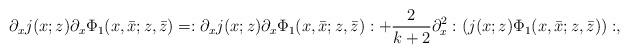
LaTeX: \begin{align*}\partial_x j(x;z)\partial_x \Phi_1(x,\bar{x};z,\bar{z}) = :\partial_x j(x;z)\partial_x \Phi_1(x,\bar{x};z,\bar{z}): +\frac{2}{k+2}\partial_x^2:(j(x;z)\Phi_1(x,\bar{x};z,\bar{z})):,\end{align*}